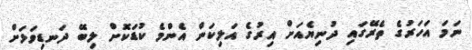
ނަމަ އަހަރުގެ ތެރޭގައި ދުނިޔެއަށް އިރުގެ އަލިކަން އެންމެ ކުޑަކޮށް ލިބޭ ދަނޑިވަޅަށް